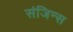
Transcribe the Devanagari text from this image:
संजिन्स